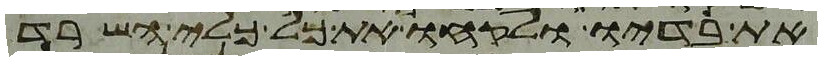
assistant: את בדיו ולקחו את כל כלי השרת